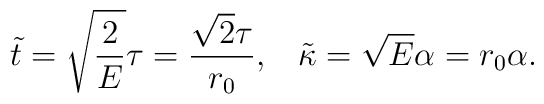
\tilde{t}=\sqrt{\frac{2}{E}}\tau=\frac{\sqrt{2}\tau}{r_0},\;\;\;\tilde{\kappa}=\sqrt{E}\alpha=r_0\alpha.